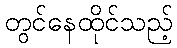
တွင်နေထိုင်သည့်